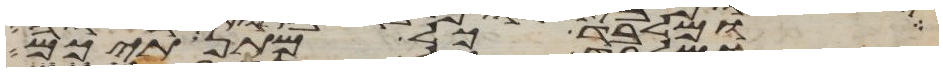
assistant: ומלבד כל מתנתיכם